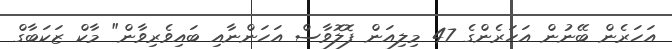
އަހަރެން ބޭނުން އަހަރެންގެ 47 މިލިއަން ފޮލޮވާސް އަހަންނާއި ބައިވެރިވާން" މާކް ޒަކަބާގް